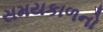
સમયકાળનો